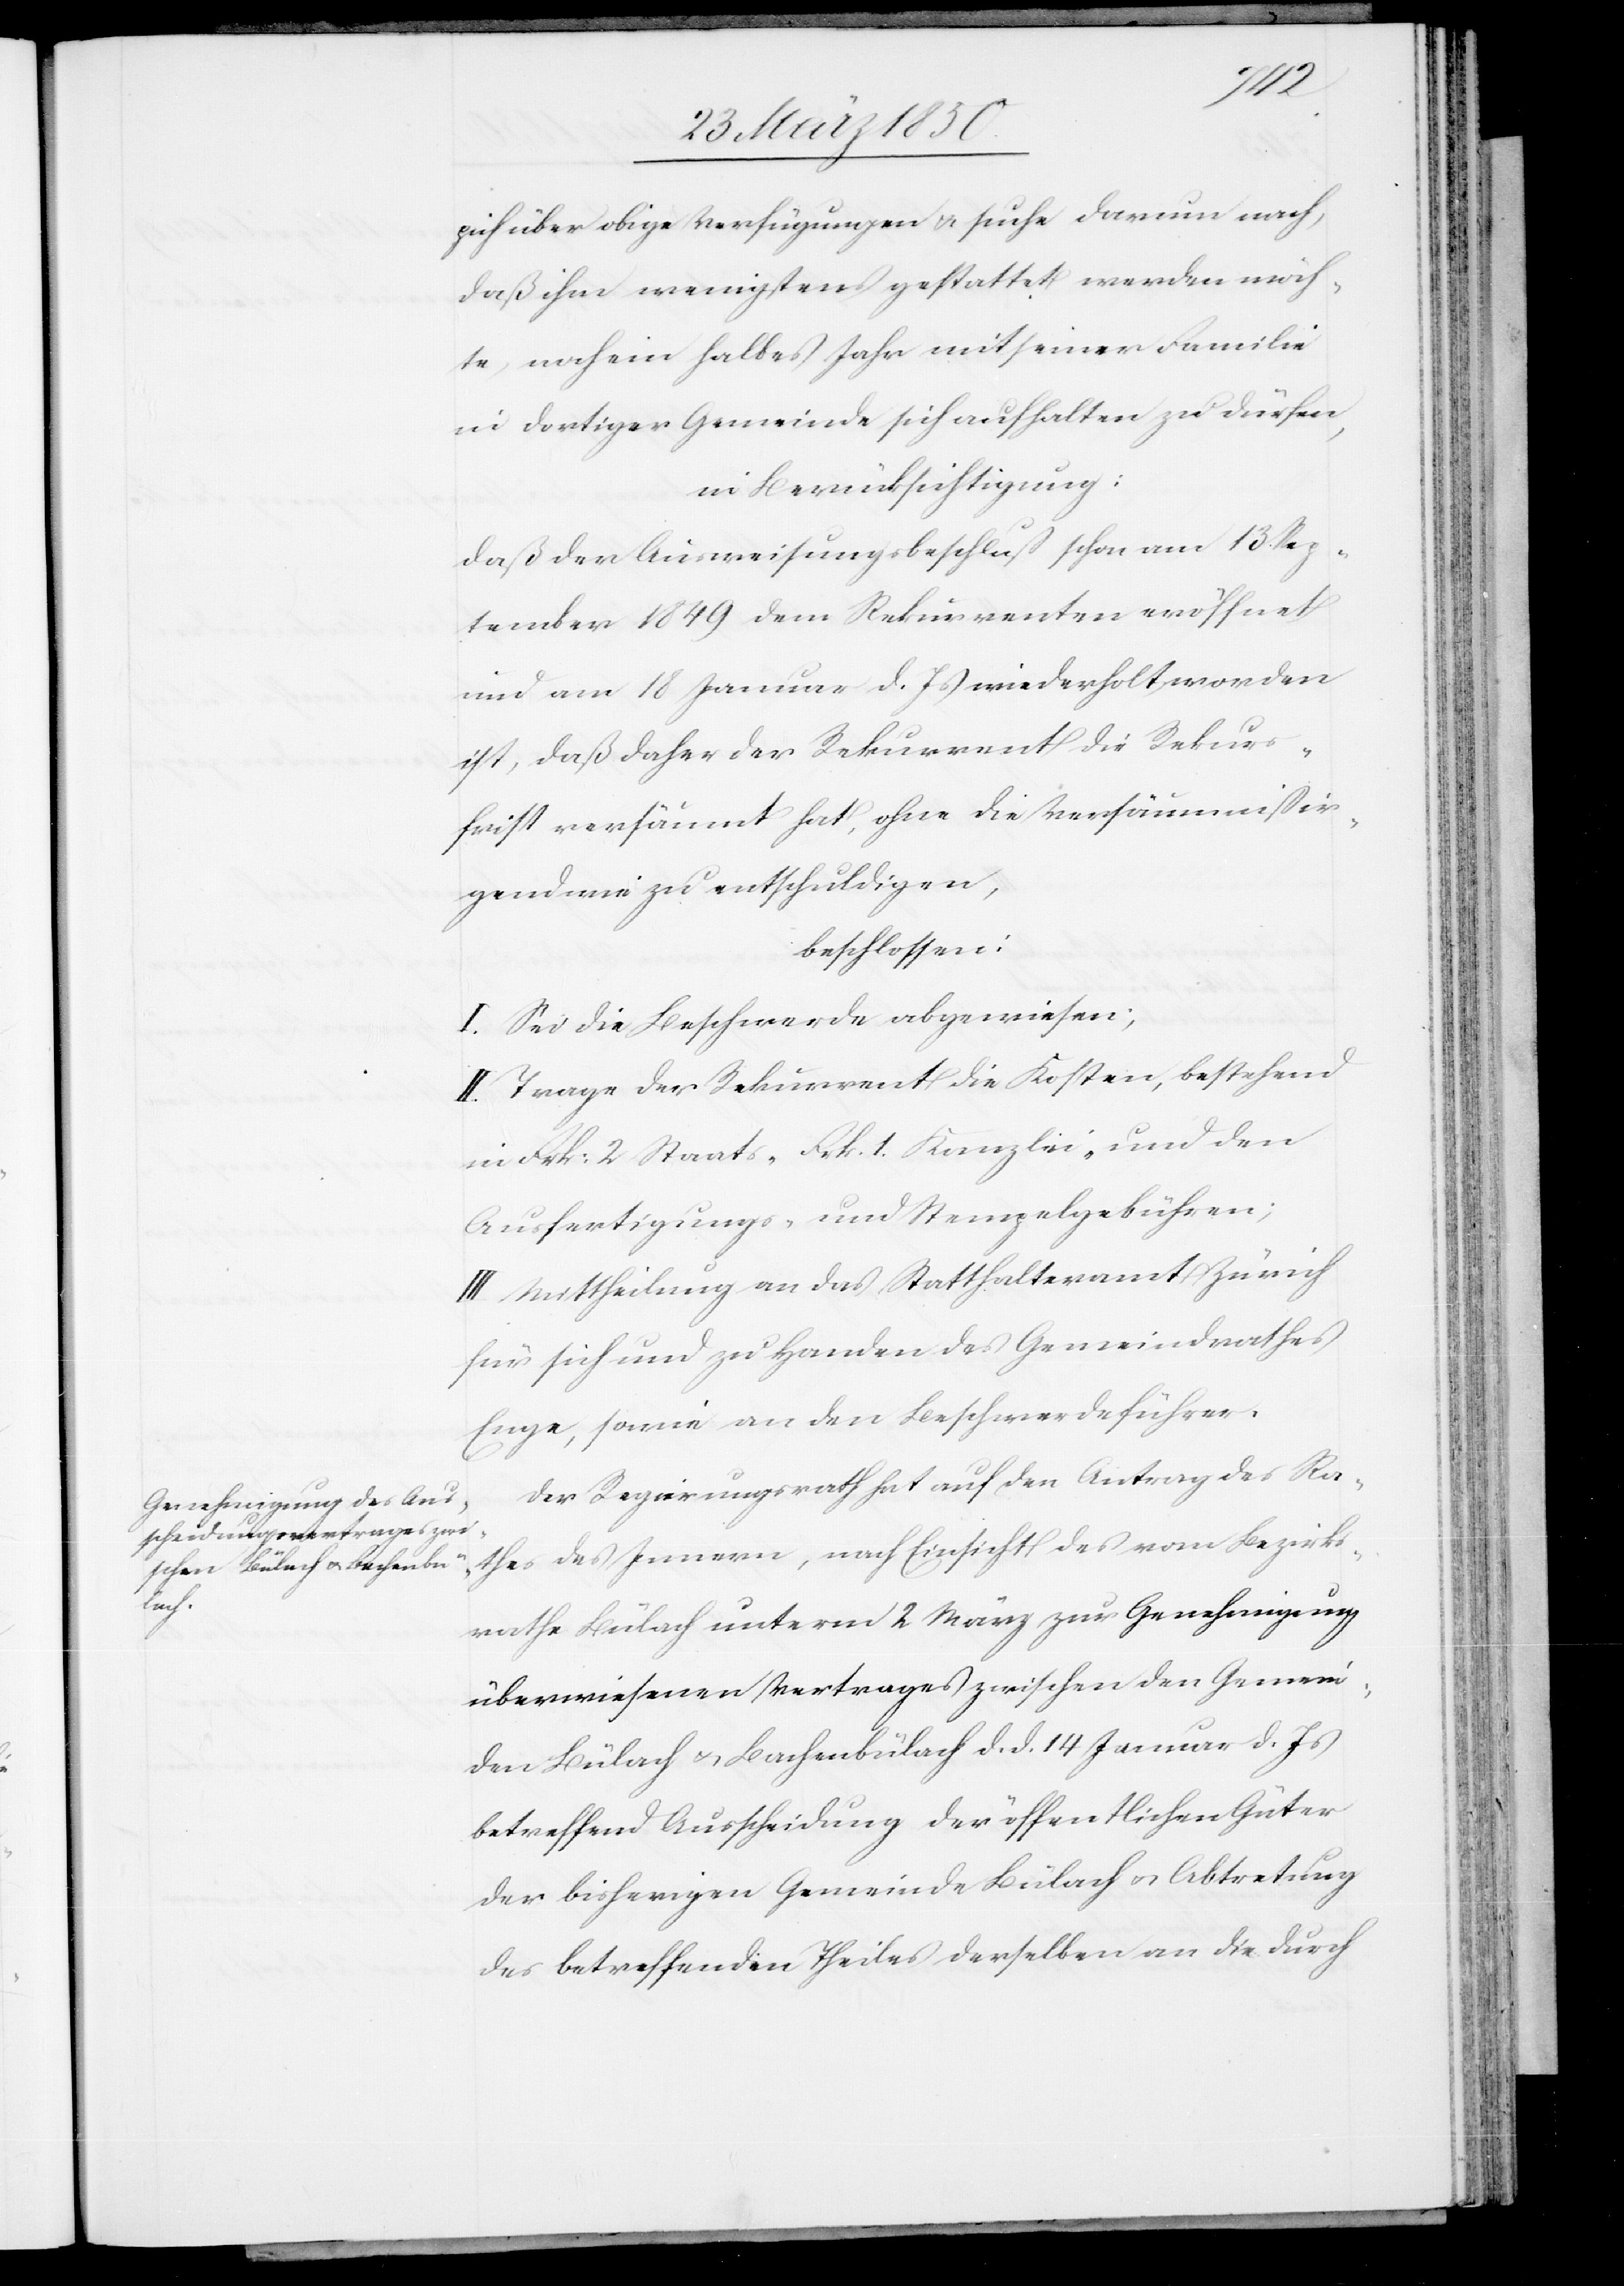
pich über obige Verfügungen u. suche darum nach,
daß ihm wenigstens gestattet werden möch¬
te, noch ein halbes Jahr mit seiner Familie
in dortiger Gemeinde sich aufhalten zu dürfen,
in Berücksichtigung:
Daß der Ausweisungsbeschluß schon am 13. Sep¬
tember 1849 dem Rekurrenten eröffnet
und am 18 Januar d. Js wiederholt worden
ist, daß daher der Rekurrent die Rekurs¬
frist versäumt hat, ohne die Versäumniß ir¬
gend wie zu entschuldigen,
beschlossen:
I. Sei die Beschwerde abgewiesen;
II. Trage der Rekurrent die Kosten, bestehend
in Frk: 2 Staats-[,] Frk. 1. Kanzlei- und den
Ausfertigungs- und Stempelgebühren;
III. Mittheilung an das Statthalteramt Zürich
für sich und zu Handen des Gemeindrathes
Enge, sowie an den Beschwerdeführer.
Der Regierungsrath hat auf den Antrag des Ra¬
thes des Innern, nach Einsicht des vom Bezirks¬
rathe Bülach unterm 2 März zur Genehmigung
überwiesenen Vertrages zwischen den Gemein¬
den Bülach u. Bachenbülach d. d. 14 Januar d. Js
betreffend Ausscheidung der öffentlichen Güter
der bisherigen Gemeinde Bülach u. Abtretung
des betreffenden Theiles derselben an die durch